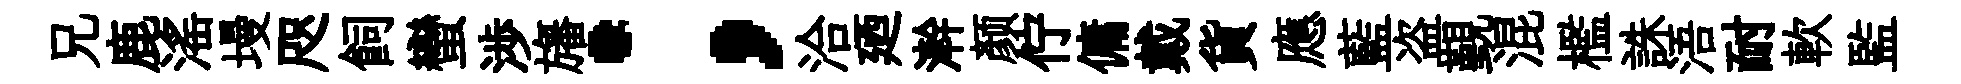
兄鹿滛墁咫飼蠻渉旛；洽廼澣颜佇傭戴貨應藍盗覲混檻誅浯耐軟監